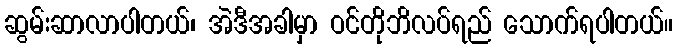
ဆွမ်းဆာလာပါတယ်၊ အဲဒီအခါမှာ ဝင်တိုဘိလပ်ရည် သောက်ရပါတယ်။